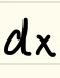
\(dx\)